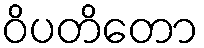
ဝိပတိတော